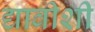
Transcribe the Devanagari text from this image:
द्यावीशी